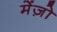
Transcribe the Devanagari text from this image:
मेंज़ो